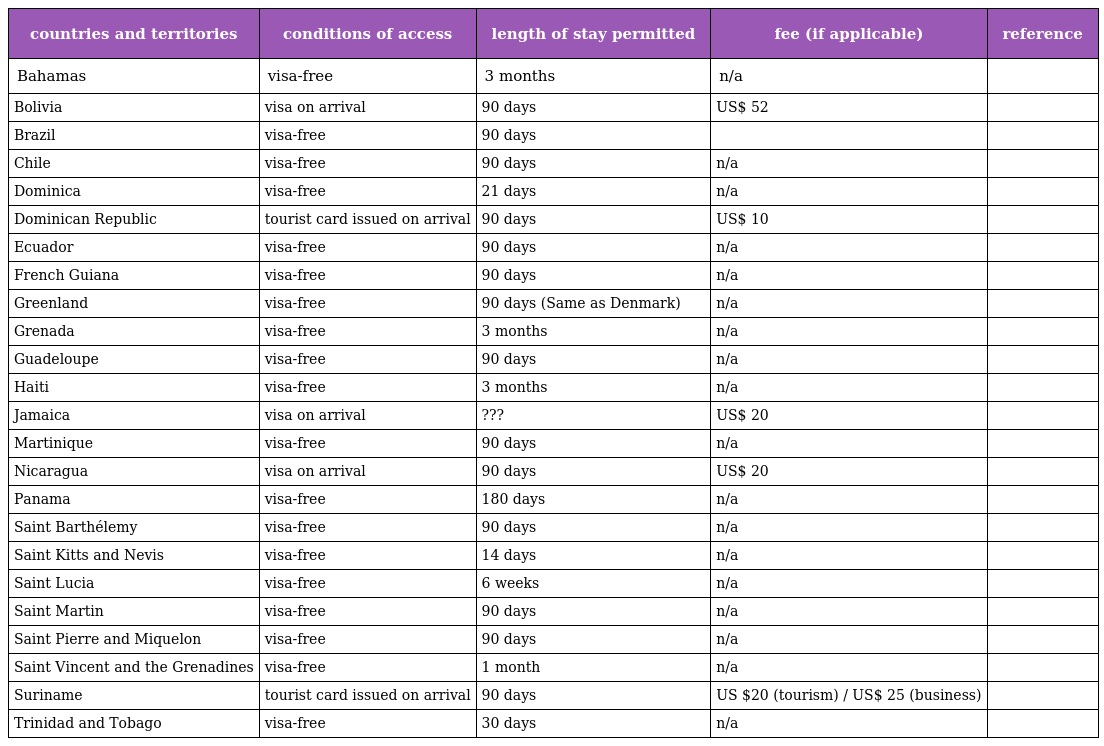
| countries and territories | conditions of access | length of stay permitted | fee (if applicable) | reference |
 | --- | --- | --- | --- | --- |
 | Bahamas | visa-free | 3 months | n/a |  |
 | Bolivia | visa on arrival | 90 days | US$ 52 |  |
 | Brazil | visa-free | 90 days |  |  |
 | Chile | visa-free | 90 days | n/a |  |
 | Dominica | visa-free | 21 days | n/a |  |
 | Dominican Republic | tourist card issued on arrival | 90 days | US$ 10 |  |
 | Ecuador | visa-free | 90 days | n/a |  |
 | French Guiana | visa-free | 90 days | n/a |  |
 | Greenland | visa-free | 90 days (Same as Denmark) | n/a |  |
 | Grenada | visa-free | 3 months | n/a |  |
 | Guadeloupe | visa-free | 90 days | n/a |  |
 | Haiti | visa-free | 3 months | n/a |  |
 | Jamaica | visa on arrival | ??? | US$ 20 |  |
 | Martinique | visa-free | 90 days | n/a |  |
 | Nicaragua | visa on arrival | 90 days | US$ 20 |  |
 | Panama | visa-free | 180 days | n/a |  |
 | Saint Barthélemy | visa-free | 90 days | n/a |  |
 | Saint Kitts and Nevis | visa-free | 14 days | n/a |  |
 | Saint Lucia | visa-free | 6 weeks | n/a |  |
 | Saint Martin | visa-free | 90 days | n/a |  |
 | Saint Pierre and Miquelon | visa-free | 90 days | n/a |  |
 | Saint Vincent and the Grenadines | visa-free | 1 month | n/a |  |
 | Suriname | tourist card issued on arrival | 90 days | US $20 (tourism) / US$ 25 (business) |  |
 | Trinidad and Tobago | visa-free | 30 days | n/a |  |